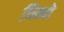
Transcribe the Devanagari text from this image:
चिन्पो